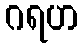
ဂရဟ